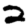
Digit: 2